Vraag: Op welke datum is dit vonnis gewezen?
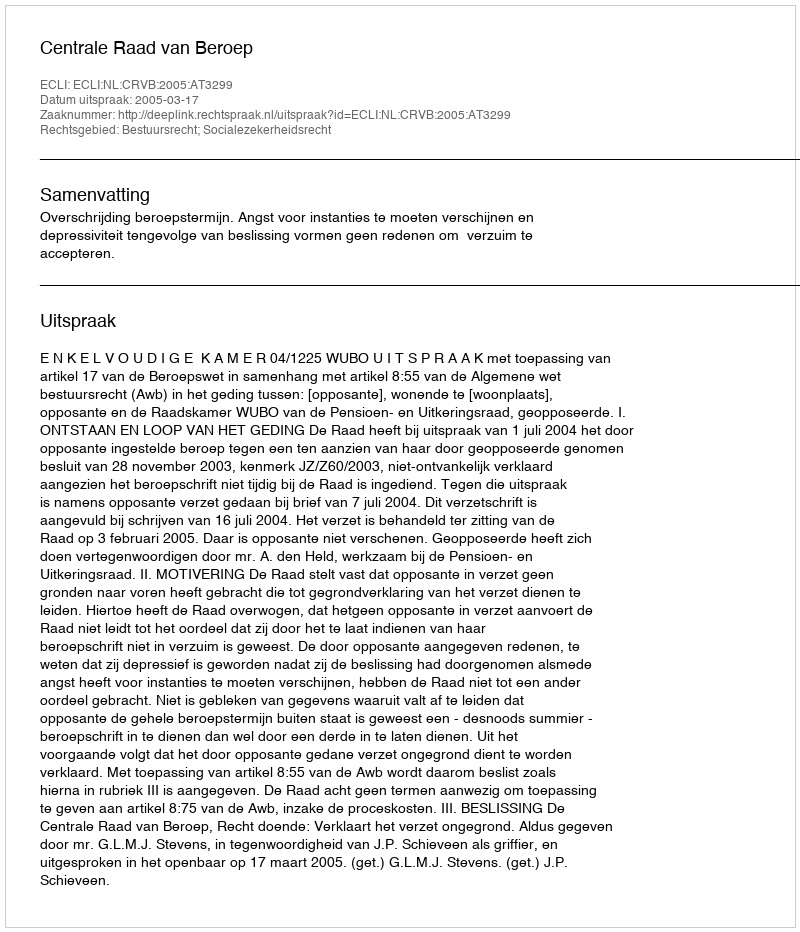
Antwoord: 2005-03-17